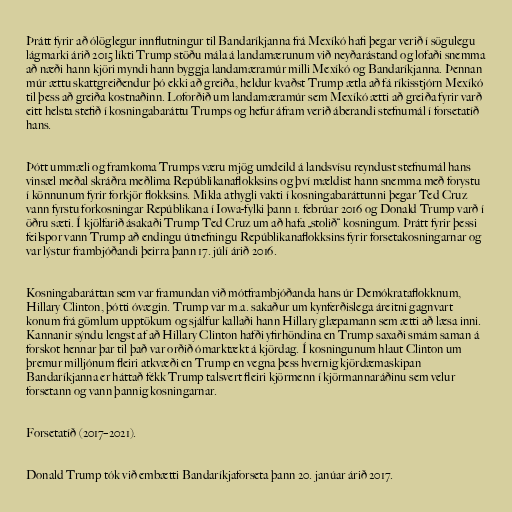
Þrátt fyrir að ólöglegur innflutningur til Bandaríkjanna frá Mexíkó hafi þegar verið í sögulegu
lágmarki árið 2015 líkti Trump stöðu mála á landamærunum við neyðarástand og lofaði snemma
að næði hann kjöri myndi hann byggja landamæramúr milli Mexíkó og Bandaríkjanna. Þennan
múr ættu skattgreiðendur þó ekki að greiða, heldur kvaðst Trump ætla að fá ríkisstjórn Mexíkó
til þess að greiða kostnaðinn. Loforðið um landamæramúr sem Mexíkó ætti að greiða fyrir varð
eitt helsta stefið í kosningabaráttu Trumps og hefur áfram verið áberandi stefnumál í forsetatíð
hans.

Þótt ummæli og framkoma Trumps væru mjög umdeild á landsvísu reyndust stefnumál hans
vinsæl meðal skráðra meðlima Repúblikanaflokksins og því mældist hann snemma með forystu
í könnunum fyrir forkjör flokksins. Mikla athygli vakti í kosningabaráttunni þegar Ted Cruz
vann fyrstu forkosningar Repúblikana í Iowa-fylki þann 1. febrúar 2016 og Donald Trump varð í
öðru sæti. Í kjölfarið ásakaði Trump Ted Cruz um að hafa „stolið“ kosningum. Þrátt fyrir þessi
feilspor vann Trump að endingu útnefningu Repúblikanaflokksins fyrir forsetakosningarnar og
var lýstur frambjóðandi þeirra þann 17. júlí árið 2016.

Kosningabaráttan sem var framundan við mótframbjóðanda hans úr Demókrataflokknum,
Hillary Clinton, þótti óvægin. Trump var m.a. sakaður um kynferðislega áreitni gagnvart
konum frá gömlum upptökum og sjálfur kallaði hann Hillary glæpamann sem ætti að læsa inni.
Kannanir sýndu lengst af að Hillary Clinton hafði yfirhöndina en Trump saxaði smám saman á
forskot hennar þar til það var orðið ómarktækt á kjördag. Í kosningunum hlaut Clinton um
þremur milljónum fleiri atkvæði en Trump en vegna þess hvernig kjördæmaskipan
Bandaríkjanna er háttað fékk Trump talsvert fleiri kjörmenn í kjörmannaráðinu sem velur
forsetann og vann þannig kosningarnar.

Forsetatíð (2017–2021).

Donald Trump tók við embætti Bandaríkjaforseta þann 20. janúar árið 2017.